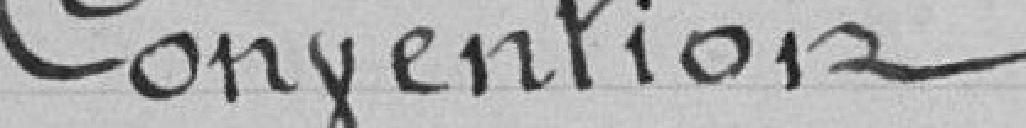
Convention